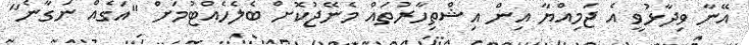
އޭނާ ވިދާޅުވީ އެ ޖަމިއްޔާ އިން އިޝްތިހާރުތައް މެނޭޖުކޮށް ބެލެހެއްޓުމަށް "އަގެއް ނަގާނެ"